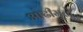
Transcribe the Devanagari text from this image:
ओढीमुळे